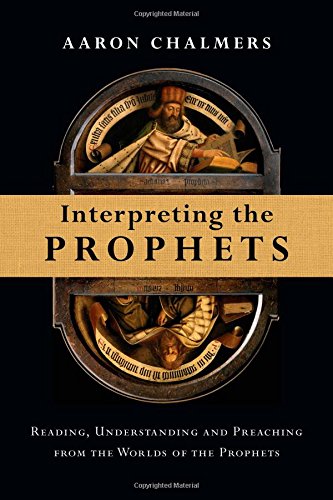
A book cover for Interpreting the Prophets: Reading, Understanding and Preaching from the Worlds of the Prophets; Aaron Chalmers; Christian Books & Bibles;